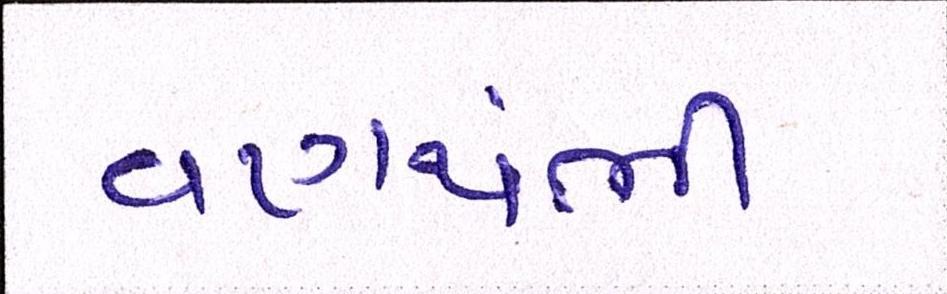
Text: વણથંભી